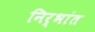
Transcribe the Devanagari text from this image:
निर्भांत